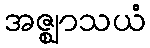
အဇ္ဈာသယံ